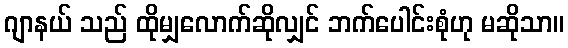
ဂျာနယ် သည် ထိုမျှလောက်ဆိုလျှင် ဘက်ပေါင်းစုံဟု မဆိုသာ။